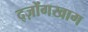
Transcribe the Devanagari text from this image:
द्ज़ोंगखाग